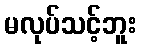
မလုပ်သင့်ဘူး